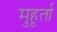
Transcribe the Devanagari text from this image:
मुहूर्ता